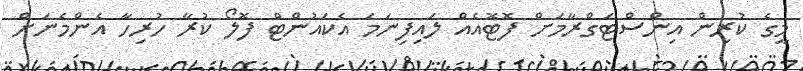
މީގެ ކުރިން އިންސްޓަގްރާމަށް ފޮޓޮއެއް ލައިފިނަމަ އެކައުންޓް ފޮލޯ ކުރާ ހުރިހާ އެންމެނަށް